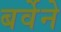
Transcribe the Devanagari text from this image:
बर्वेने